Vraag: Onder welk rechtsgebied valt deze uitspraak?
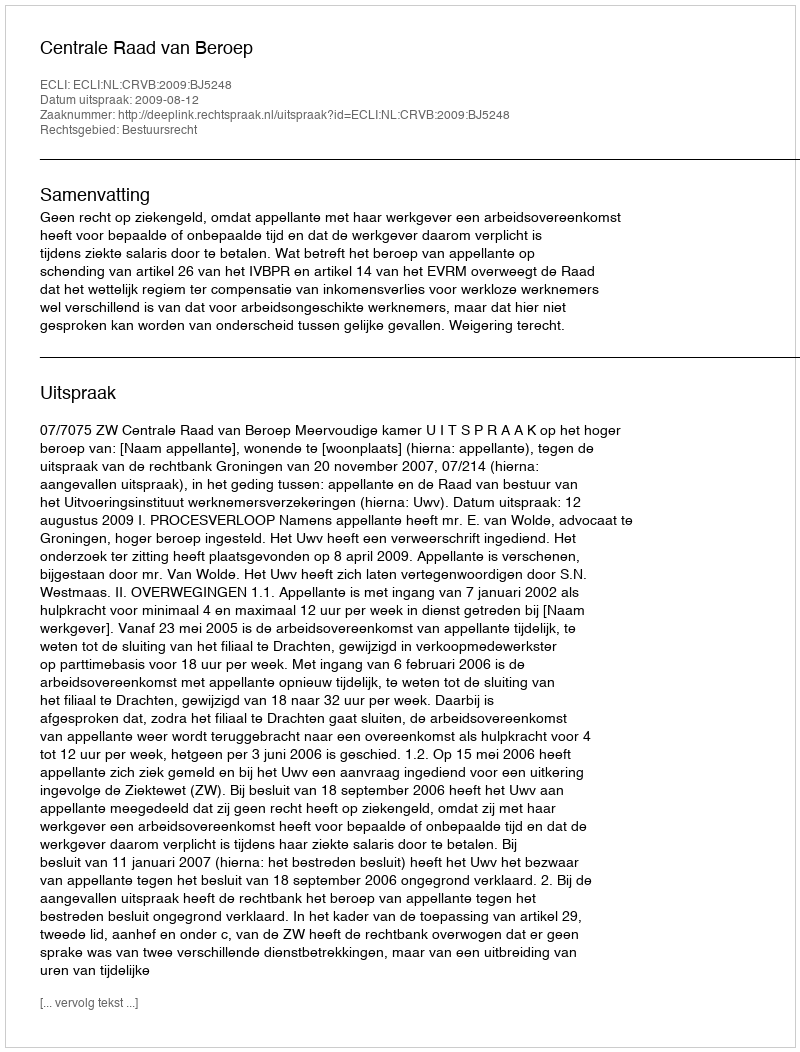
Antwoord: Bestuursrecht